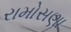
રામોસણા